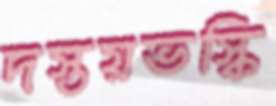
দস্তয়ভস্কি